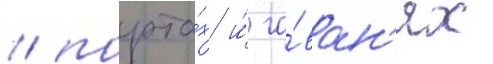
/ порта́х и́ га́ван'ях